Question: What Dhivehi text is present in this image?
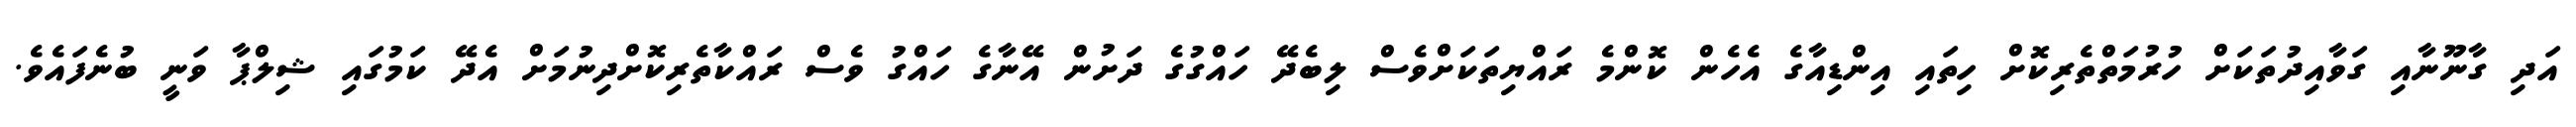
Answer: އަދި ގާނޫނާއި ގަވާއިދުތަކަށް ހުރުމަތްތެރިކޮށް ހިތައި އިންޑިއާގެ އެހެން ކޮންމެ ރައްޔިތަކަށްވެސް ލިބެދޭ ހައްގުގެ ދަށުން އޭނާގެ ހައްގު ވެސް ރައްކާތެރިކޮށްދިނުމަށް އެދޭ ކަމުގައި ޝިލްޕާ ވަނީ ބުނެފައެވެ.